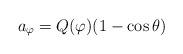
LaTeX: \begin{align*}a_\varphi = Q(\varphi)(1-\cos\theta) \end{align*}